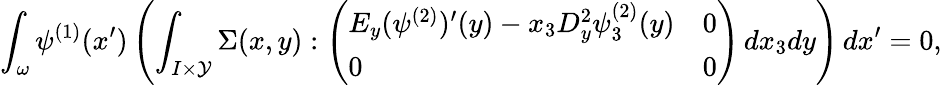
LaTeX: \int_{\omega}\psi^{(1)}(x^{\prime})\left(\int_{I\times\mathcal{Y}}\Sigma(x,y):\left(\begin{array}{ll}{E_{y}(\psi^{(2)})^{\prime}(y)-x_{3}D_{y}^{2}\psi_{3}^{(2)}(y)}&{0}\\ {0}&{0}\end{array}\right)\, dx_{3}dy\right)\, dx^{\prime}=0,